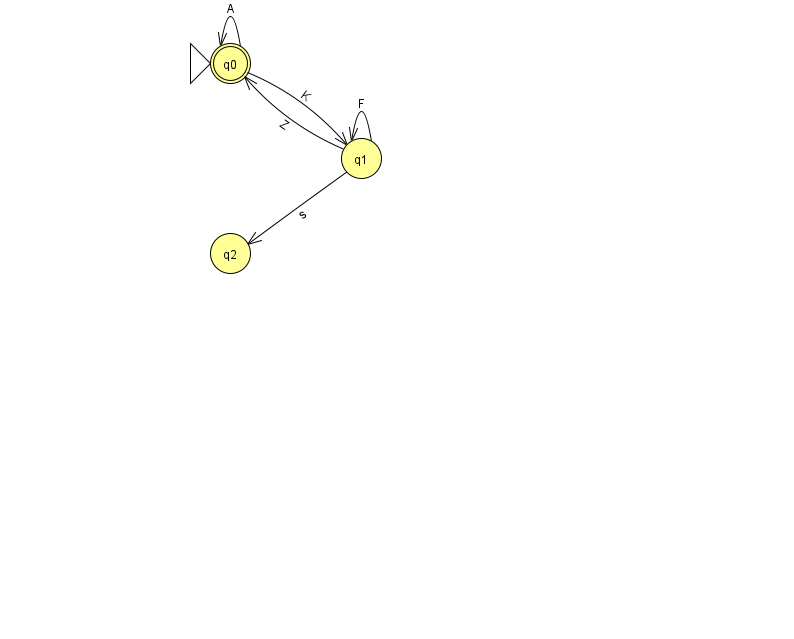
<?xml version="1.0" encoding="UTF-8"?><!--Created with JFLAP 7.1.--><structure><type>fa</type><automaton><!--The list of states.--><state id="0" name="q0"><x>230.0</x><y>50.0</y><initial/><final/></state><state id="1" name="q1"><x>361.0</x><y>145.0</y></state><state id="2" name="q2"><x>230.0</x><y>240.0</y></state><!--The list of transitions.--><transition><from>1</from><to>2</to><read>s</read></transition><transition><from>0</from><to>0</to><read>A</read></transition><transition><from>0</from><to>1</to><read>K</read></transition><transition><from>1</from><to>0</to><read>Z</read></transition><transition><from>1</from><to>1</to><read>F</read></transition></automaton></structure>